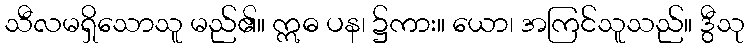
သီလမရှိသောသူ မည်၏။ ဣဓ ပန၊ ၌ကား။ ယော၊ အကြင်သူသည်။ ဒွီသု